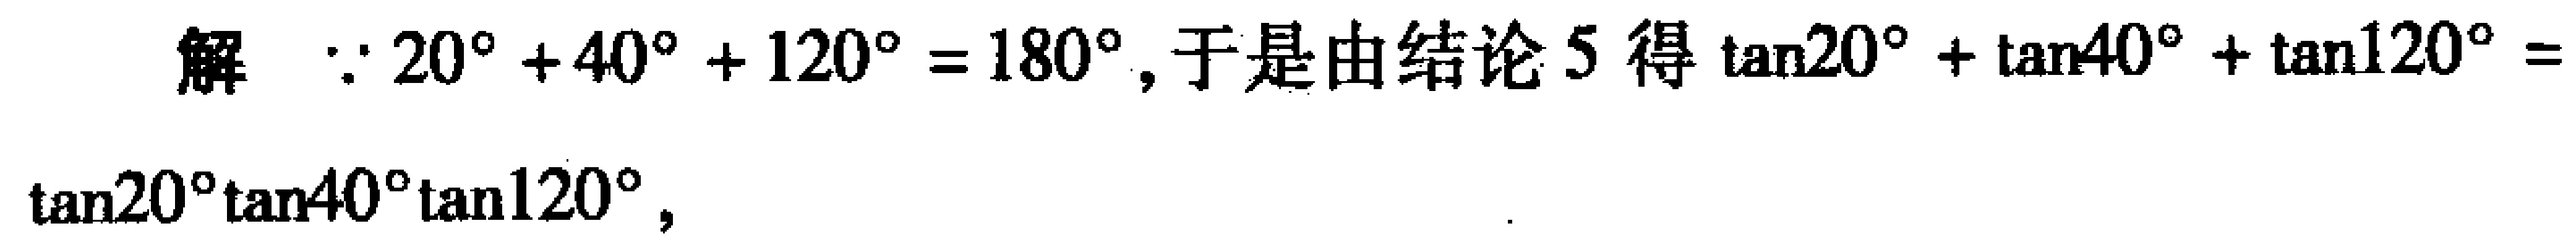
解 $\because 20^{\circ}+40^{\circ}+120^{\circ}=180^{\circ}$, 于是由结论 5 得 $\tan20^{\circ}+\tan40^{\circ}+\tan120^{\circ}=$
$\tan20^{\circ}\tan40^{\circ}\tan120^{\circ}$,